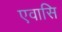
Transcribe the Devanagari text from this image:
एवासि